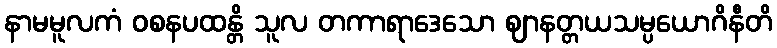
နာမမူလကံ ဝစနပထန္တိ သူလ တကာရာဒေသော ဈာနတ္တယသမ္ပယောဂိနီတိ